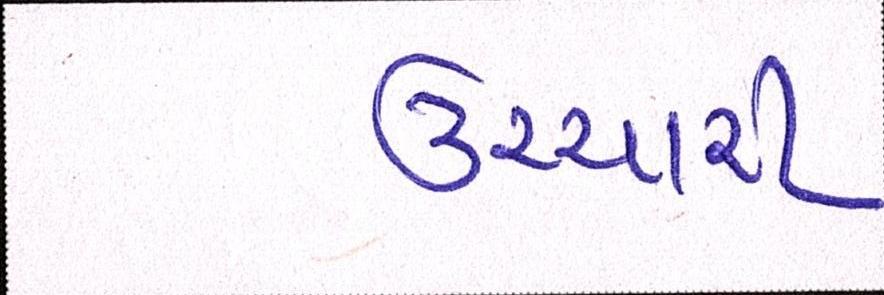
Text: ઉચ્ચારી